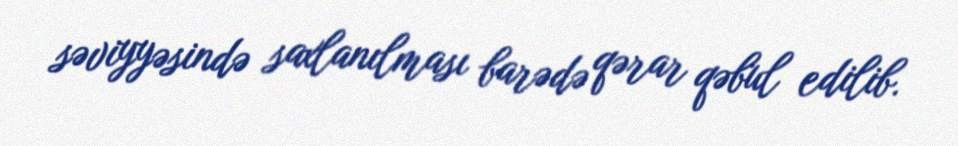
səviyyəsində saxlanılması barədə qərar qəbul edilib.